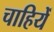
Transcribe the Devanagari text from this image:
चाहियेँ